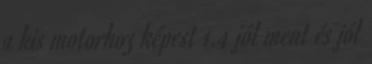
a kis motorhoz képest 1.4 jól ment és jól